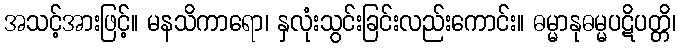
အသင့်အားဖြင့်။ မနသိကာရော၊ နှလုံးသွင်းခြင်းလည်းကောင်း။ ဓမ္မာနုဓမ္မပဋိပတ္တိ၊